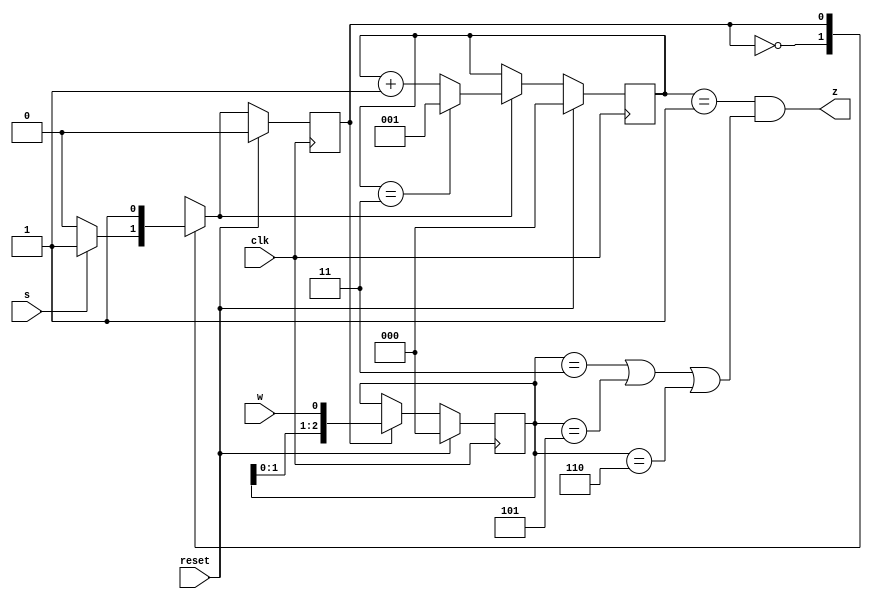
module top_module (
    input clk,
    input reset,   // Synchronous reset
    input s,
    input w,
    output z
);

	localparam A = 0,
			   B = 1;

	reg state, next;
	reg [2:0] cnt;
	reg [2:0] w_record;

	always @(*) begin
		case(state)
			A : next = (s) ? B : A;
			B : next = B;
		endcase
	end

	always @(posedge clk) begin
		if (reset) begin
			state <= A;
		end
		else state <= next;
	end

	always @(posedge clk) begin
		if (reset) w_record <= 0;
		else if (state == B) 
			w_record <= {w_record[1:0], w}; //update the record of w.
	end

	always @(posedge clk) begin
		if (reset) cnt <= 0;
		else if (next == B) begin
			if (cnt == 3) 
				cnt <= 1;
			else 
				cnt <= cnt + 1;
		end
	end

	assign z = ((cnt == 1) & ((w_record == 3'b011) | (w_record == 3'b101) | (w_record == 3'b110)));


endmodule